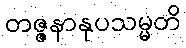
တဇ္ဇနာနုပသမ္မတိ